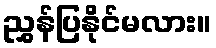
ညွှန်ပြနိုင်မလား။